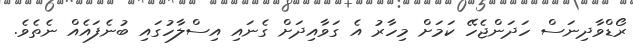
ރޯޑްވާދިނަސް ހަދަންޖެހޭ ކަމަށް މިހާރު އެ ގަވާއިދަށް ގެނައި އިސްލާހުގައި ބުނެފައެއް ނެތެވެ.